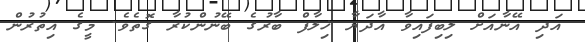
އަދި އޭނާއަށް ލިބިފައިވާ އާދަޔާ ޚިލާފް ބާރުގެ ބޭނުންކުރާ ގޮތެވެ. މީގެ އިތުރުން